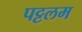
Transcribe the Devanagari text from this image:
पट्टलम